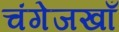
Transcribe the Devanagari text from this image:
चंगेजखाँ